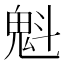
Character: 魁